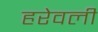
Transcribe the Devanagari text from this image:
हरेवली